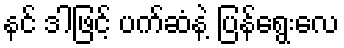
နင် ဒါဖြင့် ပက်ဆံနဲ့ ပြန်ရွေးလေ